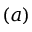
( a )